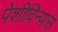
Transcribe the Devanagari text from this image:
पेशीविन्यास